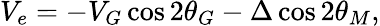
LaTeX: V_{e}=-V_{G}\cos 2\theta_{G}-\Delta\cos 2\theta_{M},